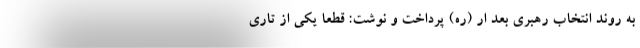
به روند انتخاب رهبری بعد ار (ره) پرداخت و نوشت: قطعاً یکی از تاری